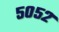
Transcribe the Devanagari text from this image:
५०५२